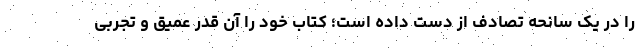
را در یک سانحه تصادف از دست داده است؛ کتاب خود را آن قدر عمیق و تجربی